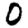
Digit: 0